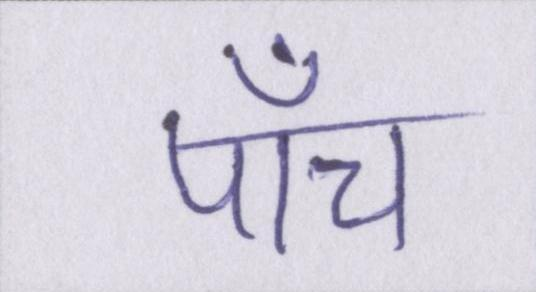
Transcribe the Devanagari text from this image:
पाँच